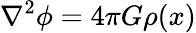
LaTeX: \nabla^{2}\phi=4\pi G\rho(x)